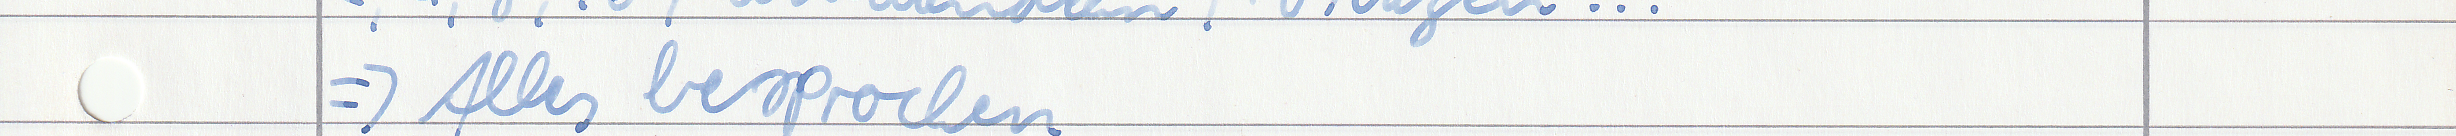
=> Alles besprochen